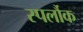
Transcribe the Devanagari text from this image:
स्पर्लौक